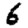
Digit: 6